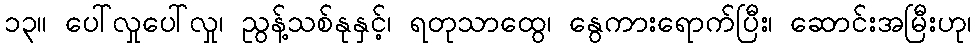
၁၃။ ပေါ်လှုပေါ်လှု၊ ညွန့်သစ်နုနှင့်၊ ရတုသာထွေ၊ နွေကားရောက်ပြီး၊ ဆောင်းအမြီးဟု၊